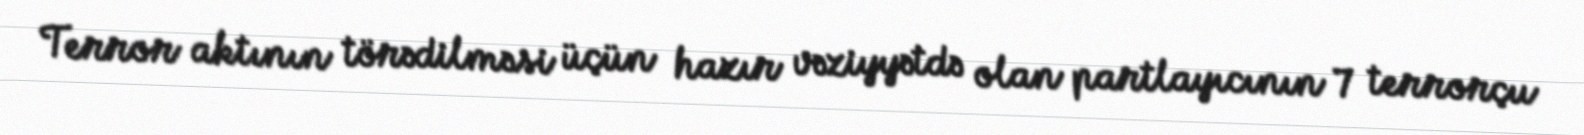
Terror aktının törədilməsi üçün hazır vəziyyətdə olan partlayıcının 7 terrorçu